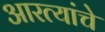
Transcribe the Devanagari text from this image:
आरत्यांचे